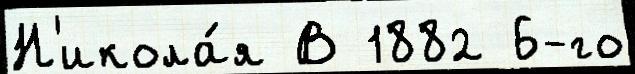
Н'икола́я В 1882 6-го